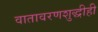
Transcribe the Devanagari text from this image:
वातावरणशुद्धीही